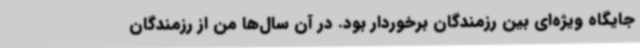
جایگاه ویژه‌ای بین رزمندگان برخوردار بود. در آن سال‌ها من از رزمندگان